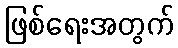
ဖြစ်ရေးအတွက်